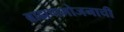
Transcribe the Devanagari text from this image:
ब्राह्मणभोजनाची